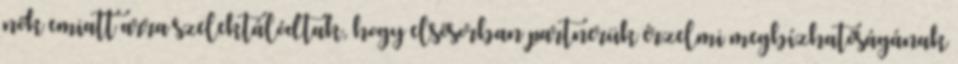
nők emiatt arra szelektálódtak, hogy elsősorban partnerük érzelmi megbízhatóságának